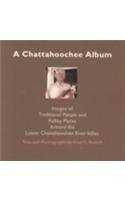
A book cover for A Chattahoochee Album: Images of Traditional People and Folsky Places Around the Lower Chattahoochee River Valley (Images of Traditional People and Folksy Places Around the Lo); Fred Fussell; Travel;